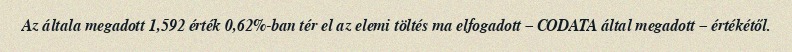
Az általa megadott 1,592 érték 0,62%-ban tér el az elemi töltés ma elfogadott – CODATA által megadott – értékétől.